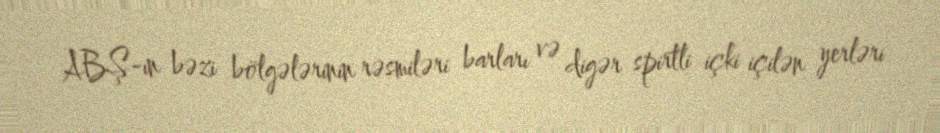
ABŞ-ın bəzi bölgələrinin rəsmiləri barları və digər spirtli içki içilən yerləri